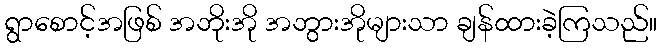
ရွာစောင့်အဖြစ် အဘိုးအို အဘွားအိုများသာ ချန်ထားခဲ့ကြသည်။